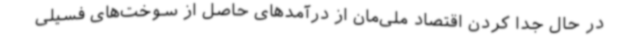
در حال جدا کردن اقتصاد ملی‌مان از درآمدهای حاصل از سوخت‌های فسیلی